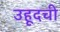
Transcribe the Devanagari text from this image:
उहूदची